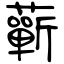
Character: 蘄